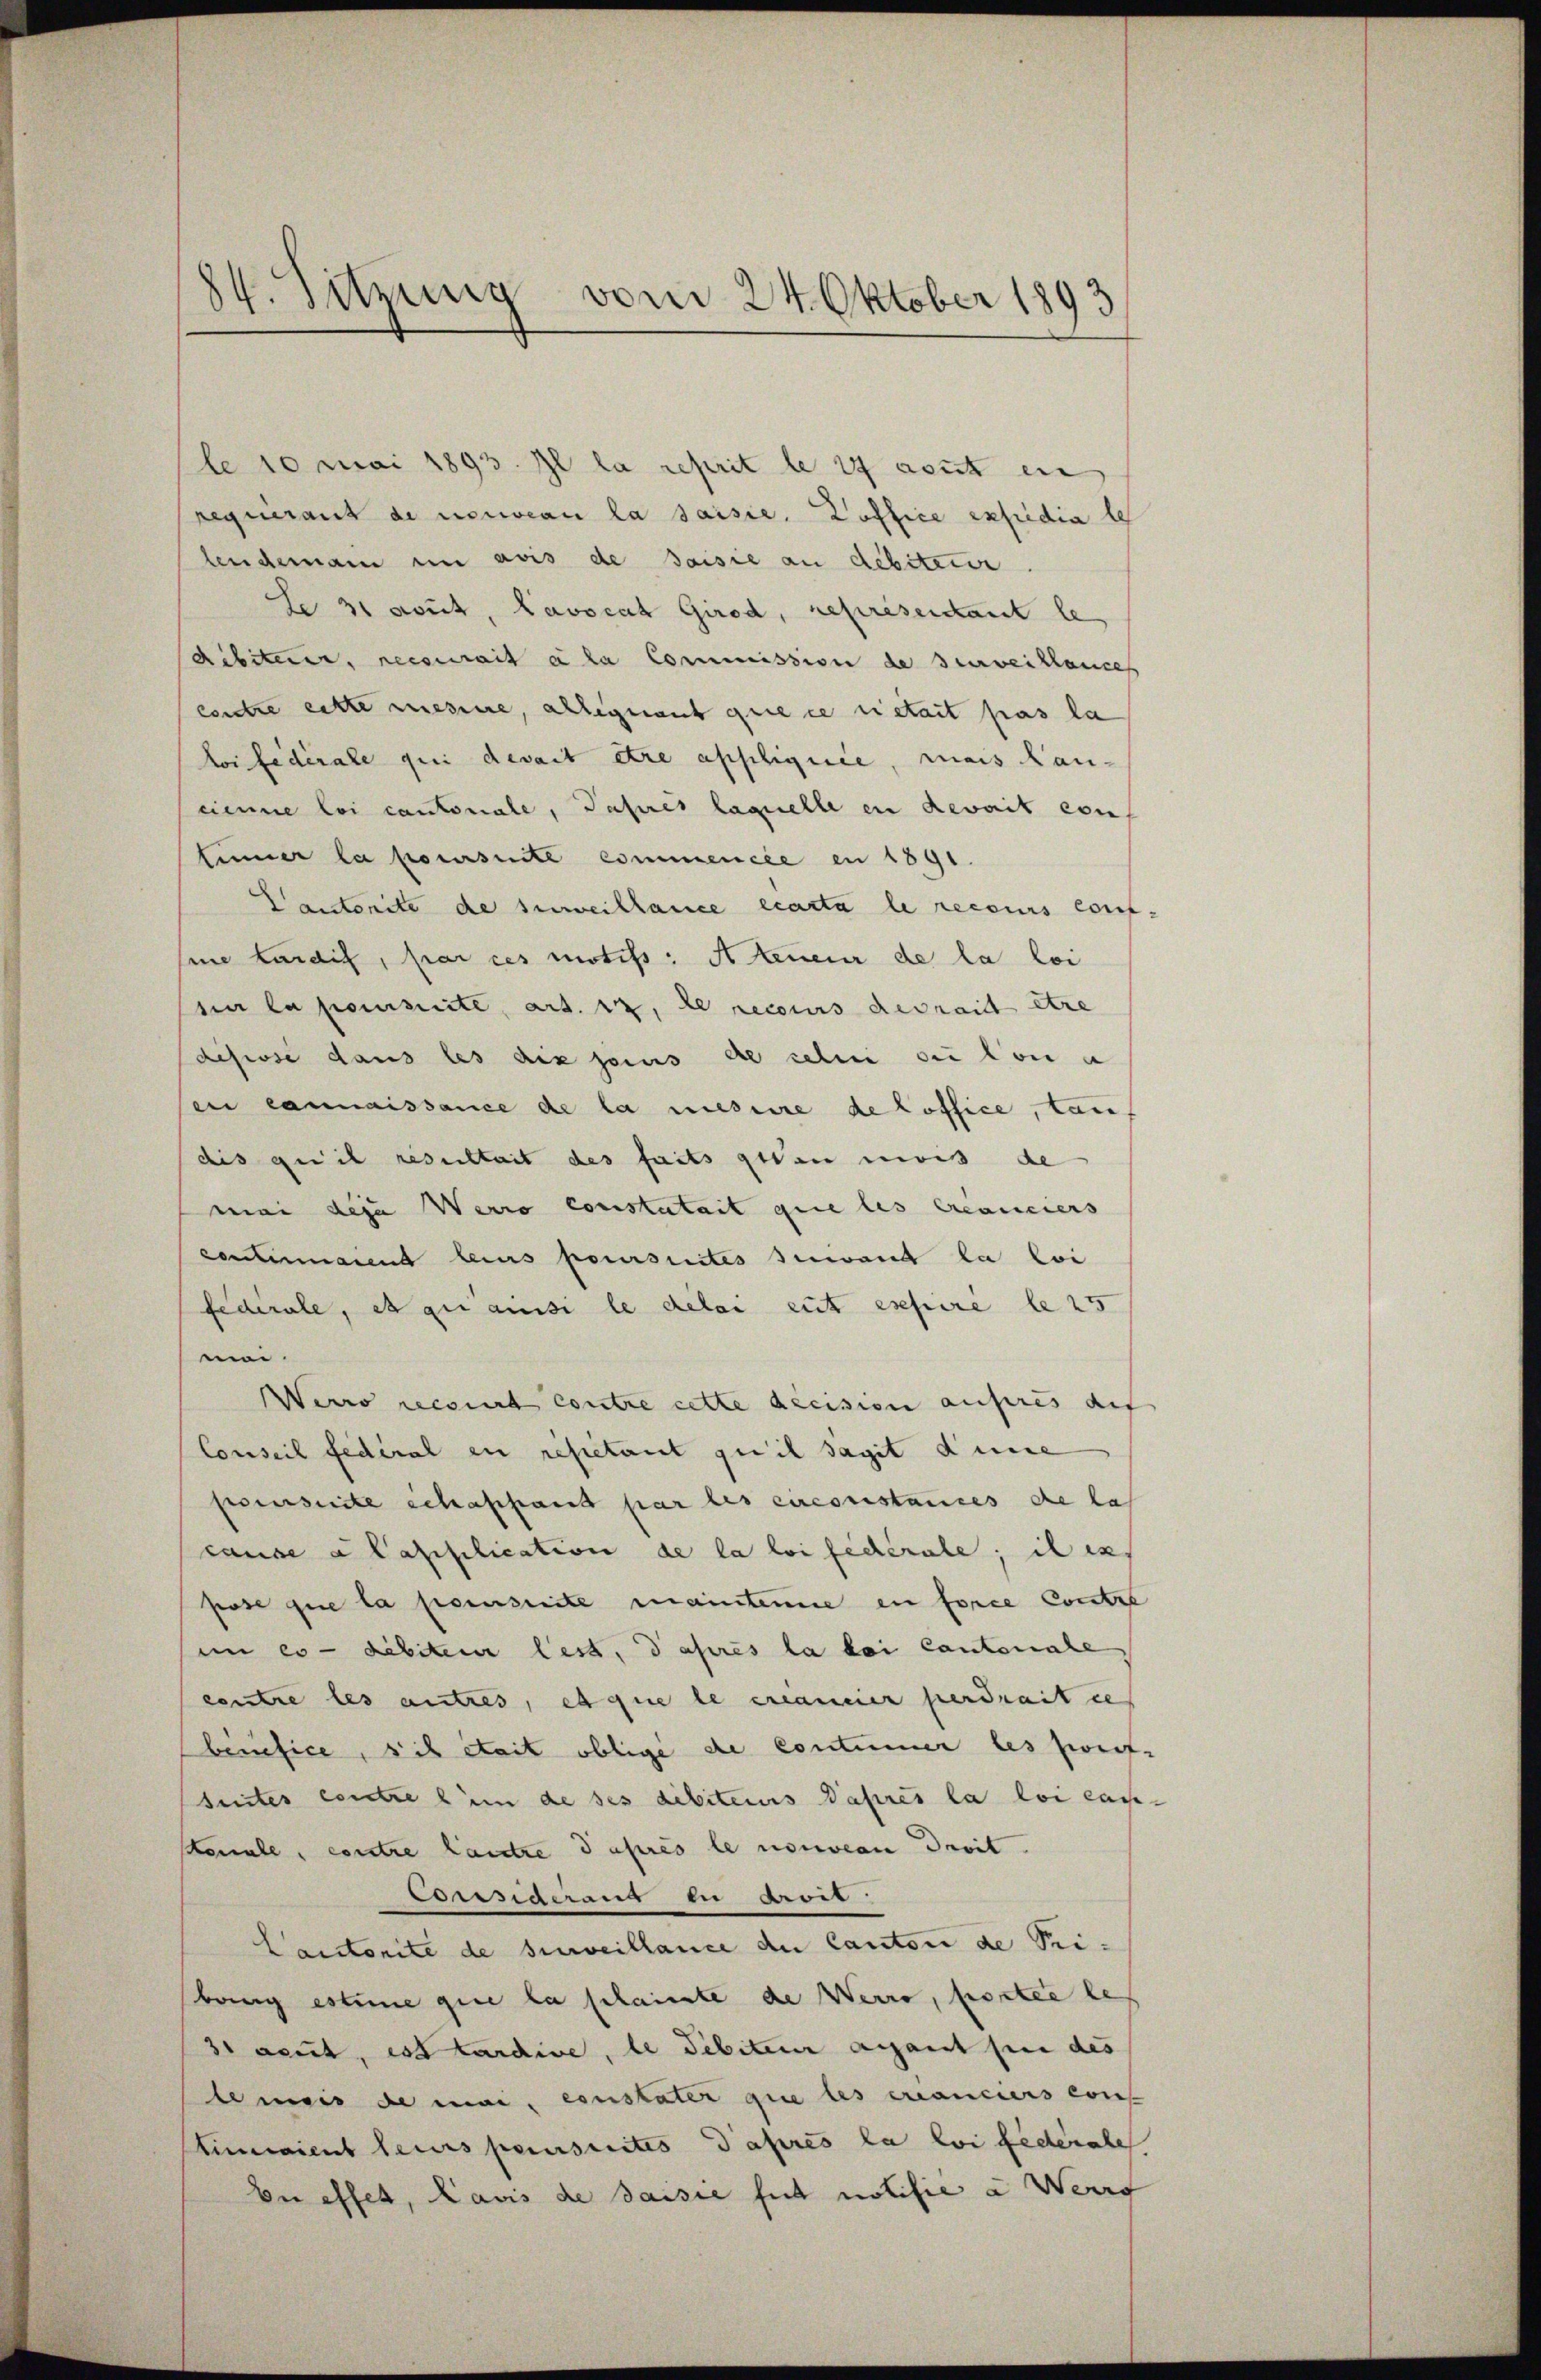
84. Sitzung vom 24. Oktober 1893

le 10 Mai 1893. Il la reprit le 14 aust ein
requerant de nouveau la saisie. Koffice expedia le
lendemain in avis de saisie an debiteur.
Le 31 Sout, Lavocat Girod, représentant le
dibiterer, recourait à la Commission de surveillances
contre cette mesine, allegnant que ce rietait pas la
loi fédérale qui devait être appliquée, mais Kancienne loi cantonale, Paprès laquelle en devait con
tinner la poursuite commencée en 1891
Cactorite de surveillance écarta le recours conf
sine Landig, par ces motifs Aeueur de la loi
sur la poursuite, art. 12, de recours devrait être
disisse dans les dix joins de sehen sei von e
en connaissance de la mesure de Coffice, tan
dis qui il resultait des faits getan weis de
mai des Werro constatait que les branciers
Contirmaient leurs poursuites Gewand la loi
federale, et qui ainsi le délai eut expire le 25
moi.
erro recourt contre cette decision aufres auf
Conseil fédéral in restant qu’il sagit dene
sverseite schassant par les circonstances de las
cause a Capplication de la loi fédérale; il ex
pose que la seinseite mainteme en force Contre
sin es - debiteur lest, das res la bei Cantonale
centre les autres, et que le creanener perdrait ie
benefice, sich stait oblige de Contumer les zweife
suites contre l’un de ses debiteurs après la loi cass-
sonale, contre lautre d’après le nouveau droit.
Considerang in Avir.
Caistorite de surveillance du Canton de Pri-
bang estime que la schaute de Werro, portie le
aeut, est tardive, le debiteur anfant sei des
le meis de moi, constater que les concurs cons
Stimment leurs perursuites après la loi federates
ber effen, Navis de saisie fut notifie a Wenig